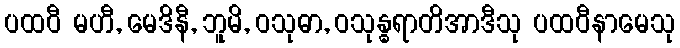
ပထဝီ မဟီ, မေဒိနီ, ဘူမိ, ဝသုဓာ, ဝသုန္ဓရာတိအာဒီသု ပထဝီနာမေသု